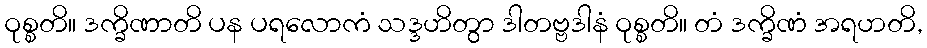
ဝုစ္စတိ။ ဒက္ခိဏာတိ ပန ပရလောကံ သဒ္ဒဟိတွာ ဒါတဗ္ဗဒါနံ ဝုစ္စတိ။ တံ ဒက္ခိဏံ အရဟတိ,